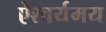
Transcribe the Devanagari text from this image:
ऐश्वर्यमय